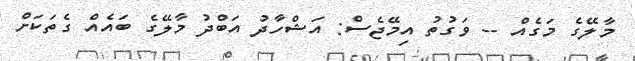
މާލޭގެ މަގެއް -- ވަގުތު އިމޭޖެސް: އަޝްހާދު އަބްދު މާލޭގެ ބައެއް ގެތަކަށް